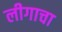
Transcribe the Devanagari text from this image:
लीगाचा